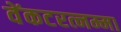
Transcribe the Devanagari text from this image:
वेंकटरत्नम्मा